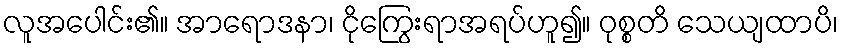
လူအပေါင်း၏။ အာရောဒနာ၊ ငိုကြွေးရာအရပ်ဟူ၍။ ဝုစ္စတိ သေယျထာပိ၊